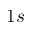
1 s